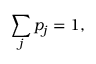
\sum _ { j } p _ { j } = 1 ,